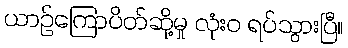
ယာဉ်ကြောပိတ်ဆို့မှု လုံးဝ ရပ်သွားပြီ။